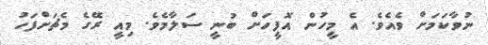
ނުވާކަމަށް ވެއެވެ. އެ މީހުން އޮފީހަށް ބުނީ ސަލާމެވެ. މިއީ ރޭގެ މެޗަށްފަހު